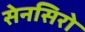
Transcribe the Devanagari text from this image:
सेनसिरो